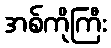
အစ်ကိုကြီး